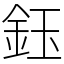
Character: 鈺